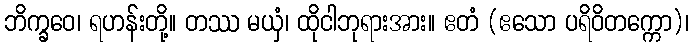
ဘိက္ခဝေ၊ ရဟန်းတို့။ တဿ မယှံ၊ ထိုငါဘုရားအား။ ဧတံ (ဧသော ပရိဝိတက္ကော)၊